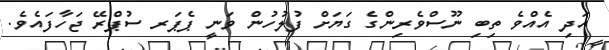
އަދި އެއްވެ ތިބި ނޫސްވެރިންގެ ގަޔަށް ފުލުހުން ވަނީ ޕެޕަރ ސުޕްރޭ ޖަހާފައެވެ.